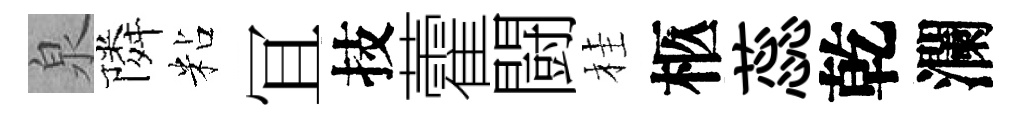
泉隣粘冝技藿闘桂柩蕊乾瀾